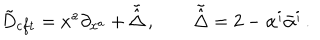
\tilde { D } _ { c f t } = x ^ { a } \partial _ { x ^ { a } } + \tilde { \hat { \Delta } } \, , \qquad \tilde { \hat { \Delta } } = 2 - \alpha ^ { i } \bar { \alpha } ^ { i } \, .